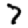
Digit: 7